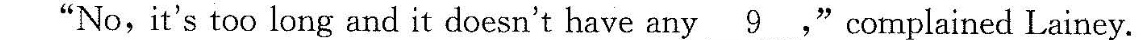
“No, it's too long and it doesn't have any\underline{9},”complained Lainey.